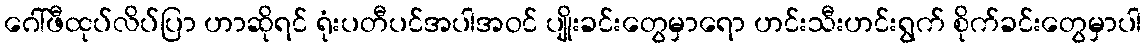
ဂေါ်ဖီထုပ်လိပ်ပြာ ဟာဆိုရင် ရုံးပတီပင်အပါအဝင် ပျိုးခင်းတွေမှာရော ဟင်းသီးဟင်းရွက် စိုက်ခင်းတွေမှာပါ